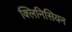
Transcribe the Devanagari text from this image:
क्लिनिसियन